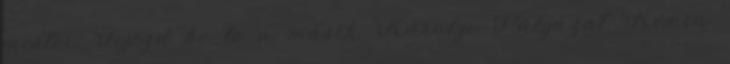
mester. Fejezd be te a másik Károlyi Pályázat Kémia